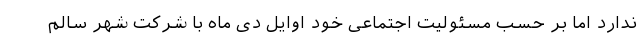
ندارد اما بر حسب مسئولیت اجتماعی خود اوایل دی ماه با شرکت شهر سالم